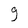
Character: 9